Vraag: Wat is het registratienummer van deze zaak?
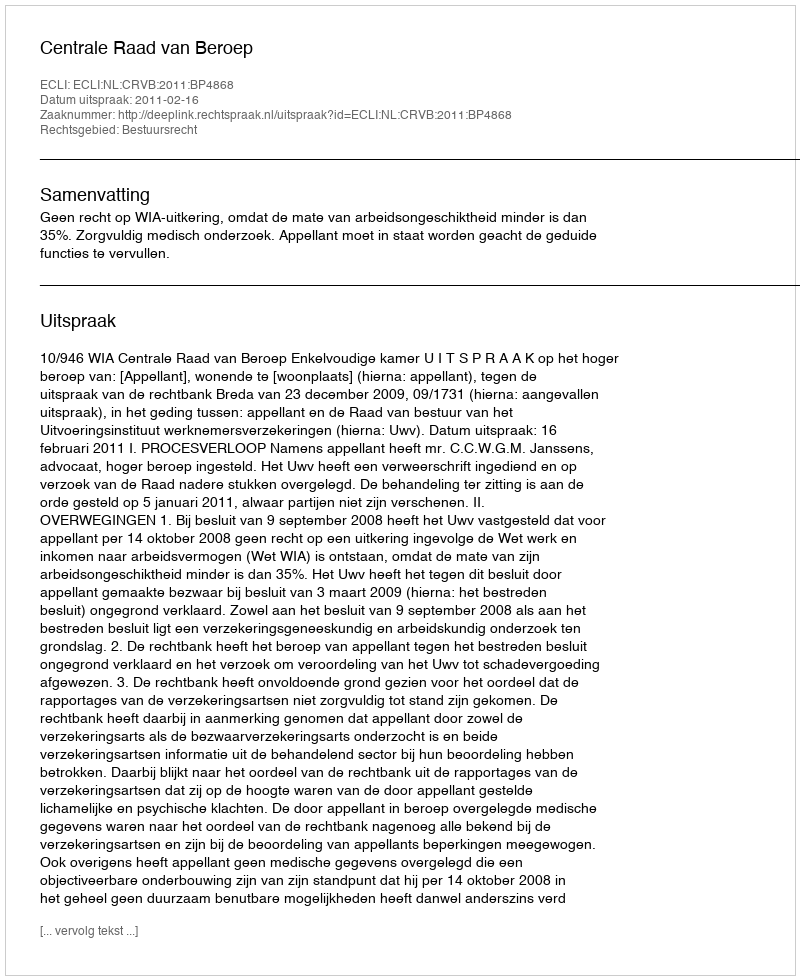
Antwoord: http://deeplink.rechtspraak.nl/uitspraak?id=ECLI:NL:CRVB:2011:BP4868